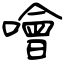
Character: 噲